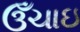
ઉઁચાઇ